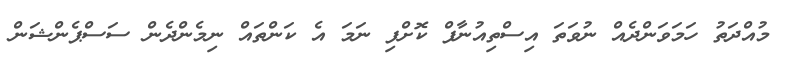
މުއްދަތު ހަމަވަންދެއް ނުވަތަ އިސްތިއުނާފް ކޮށްފި ނަމަ އެ ކަންތައް ނިމެންދެން ސަސްޕެންޝަން